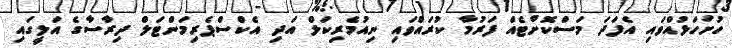
ހުށަހަޅުއްވައި އެފަދަ މަސްކޮށްޓެއް ފަރުމާ ކުރައްވައި ނިއުމެރިކަލް އަދި އެކްސްޕެރިމަންޓަލް ދިރާސާގެ އަލީގައި